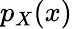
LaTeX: p_{X}{\left(x\right)}